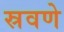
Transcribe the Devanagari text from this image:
स्रवणे